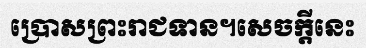
ប្រោសព្រះរាជទាន។សេចក្តីនេះ